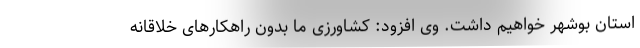
استان بوشهر خواهیم داشت. وی افزود: کشاورزی ما بدون راهکارهای خلاقانه